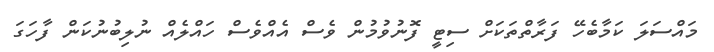
މައްސަލަ ކަމާބެހޭ ފަރާތްތަކަށް ސިޓީ ފޮނުވުމުން ވެސް އެއްވެސް ހައްލެއް ނުލިބުނުކަން ފާހަގަ